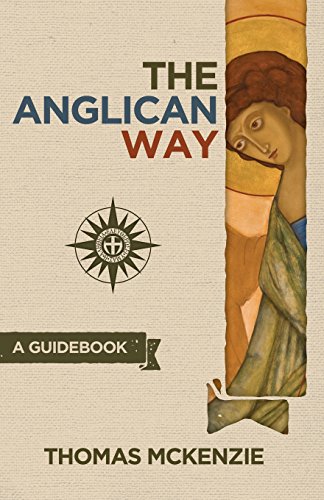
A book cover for The Anglican Way: A Guidebook; Thomas McKenzie; Christian Books & Bibles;